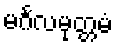
မင်္ဂလမုတ္တမံ